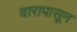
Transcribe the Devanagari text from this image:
वारापासून